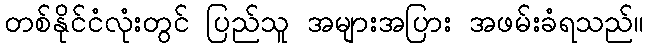
တစ်နိုင်ငံလုံးတွင် ပြည်သူ အများအပြား အဖမ်းခံရသည်။